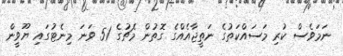
ނަމަވެސް ކުރި މަސައްކަތުގެ ނަތީޖާއެއްގެ ގޮތުން މެޗުގެ 51 ވަނަ މިނެޓުގައި ޔޫވީން